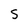
Character: S